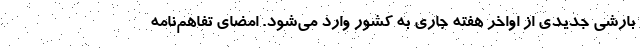
بارشی جدیدی از اواخر هفته جاری به کشور وارد می‌شود. امضای تفاهم‌نامه